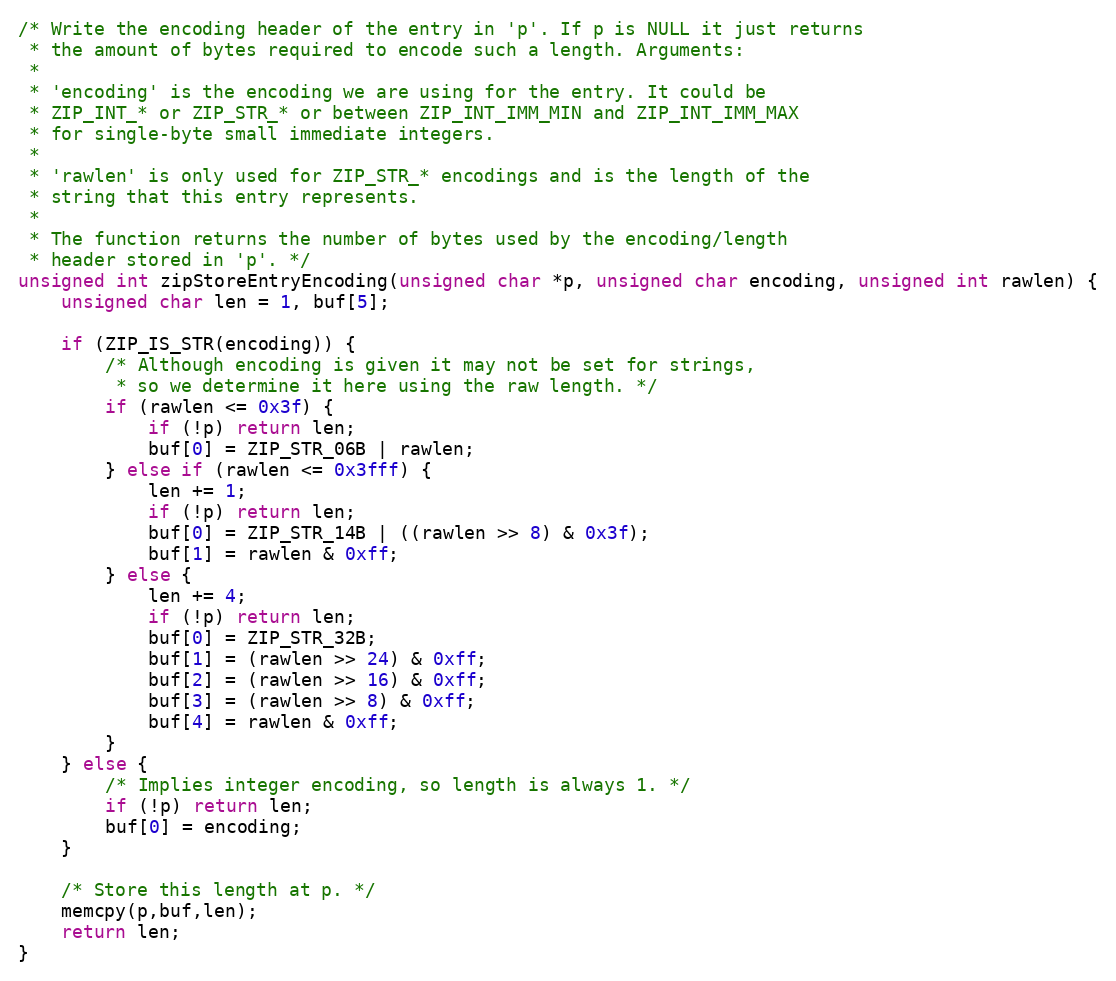
Language: C
/* Write the encoding header of the entry in 'p'. If p is NULL it just returns
 * the amount of bytes required to encode such a length. Arguments:
 *
 * 'encoding' is the encoding we are using for the entry. It could be
 * ZIP_INT_* or ZIP_STR_* or between ZIP_INT_IMM_MIN and ZIP_INT_IMM_MAX
 * for single-byte small immediate integers.
 *
 * 'rawlen' is only used for ZIP_STR_* encodings and is the length of the
 * string that this entry represents.
 *
 * The function returns the number of bytes used by the encoding/length
 * header stored in 'p'. */
unsigned int zipStoreEntryEncoding(unsigned char *p, unsigned char encoding, unsigned int rawlen) {
    unsigned char len = 1, buf[5];

    if (ZIP_IS_STR(encoding)) {
        /* Although encoding is given it may not be set for strings,
         * so we determine it here using the raw length. */
        if (rawlen <= 0x3f) {
            if (!p) return len;
            buf[0] = ZIP_STR_06B | rawlen;
        } else if (rawlen <= 0x3fff) {
            len += 1;
            if (!p) return len;
            buf[0] = ZIP_STR_14B | ((rawlen >> 8) & 0x3f);
            buf[1] = rawlen & 0xff;
        } else {
            len += 4;
            if (!p) return len;
            buf[0] = ZIP_STR_32B;
            buf[1] = (rawlen >> 24) & 0xff;
            buf[2] = (rawlen >> 16) & 0xff;
            buf[3] = (rawlen >> 8) & 0xff;
            buf[4] = rawlen & 0xff;
        }
    } else {
        /* Implies integer encoding, so length is always 1. */
        if (!p) return len;
        buf[0] = encoding;
    }

    /* Store this length at p. */
    memcpy(p,buf,len);
    return len;
}